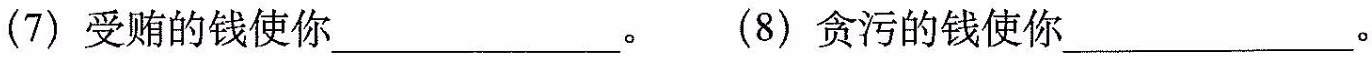
(7)受贿的钱使你___________。(8)贪污的钱使你____________。